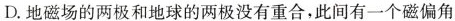
D. 地磁场的两极和地球的两极没有重合，此间有一个磁偏角